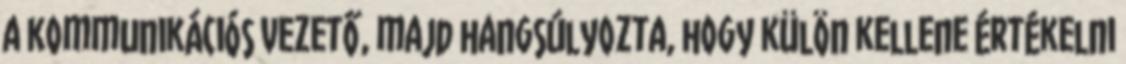
a kommunikációs vezető, majd hangsúlyozta, hogy külön kellene értékelni